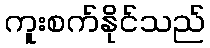
ကူးစက်နိုင်သည်